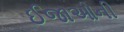
ઈજાઓની